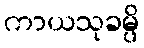
ကာယသုခမ္ပိ